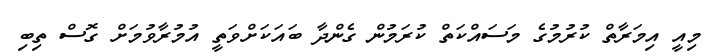
މިއީ އިމަރާތް ކުރުމުގެ މަސައްކަތް ކުރަމުން ގެންދާ ބައަކަށްވަތީ އުމުރާވުމަށް ގޮސް ތިބި